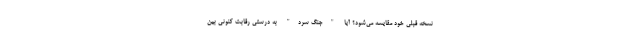
نسخه قبلی خود مقایسه می‌شود؟ آیا "جنگ سرد" به درستی رقابت کنونی بین